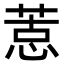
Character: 𢝨